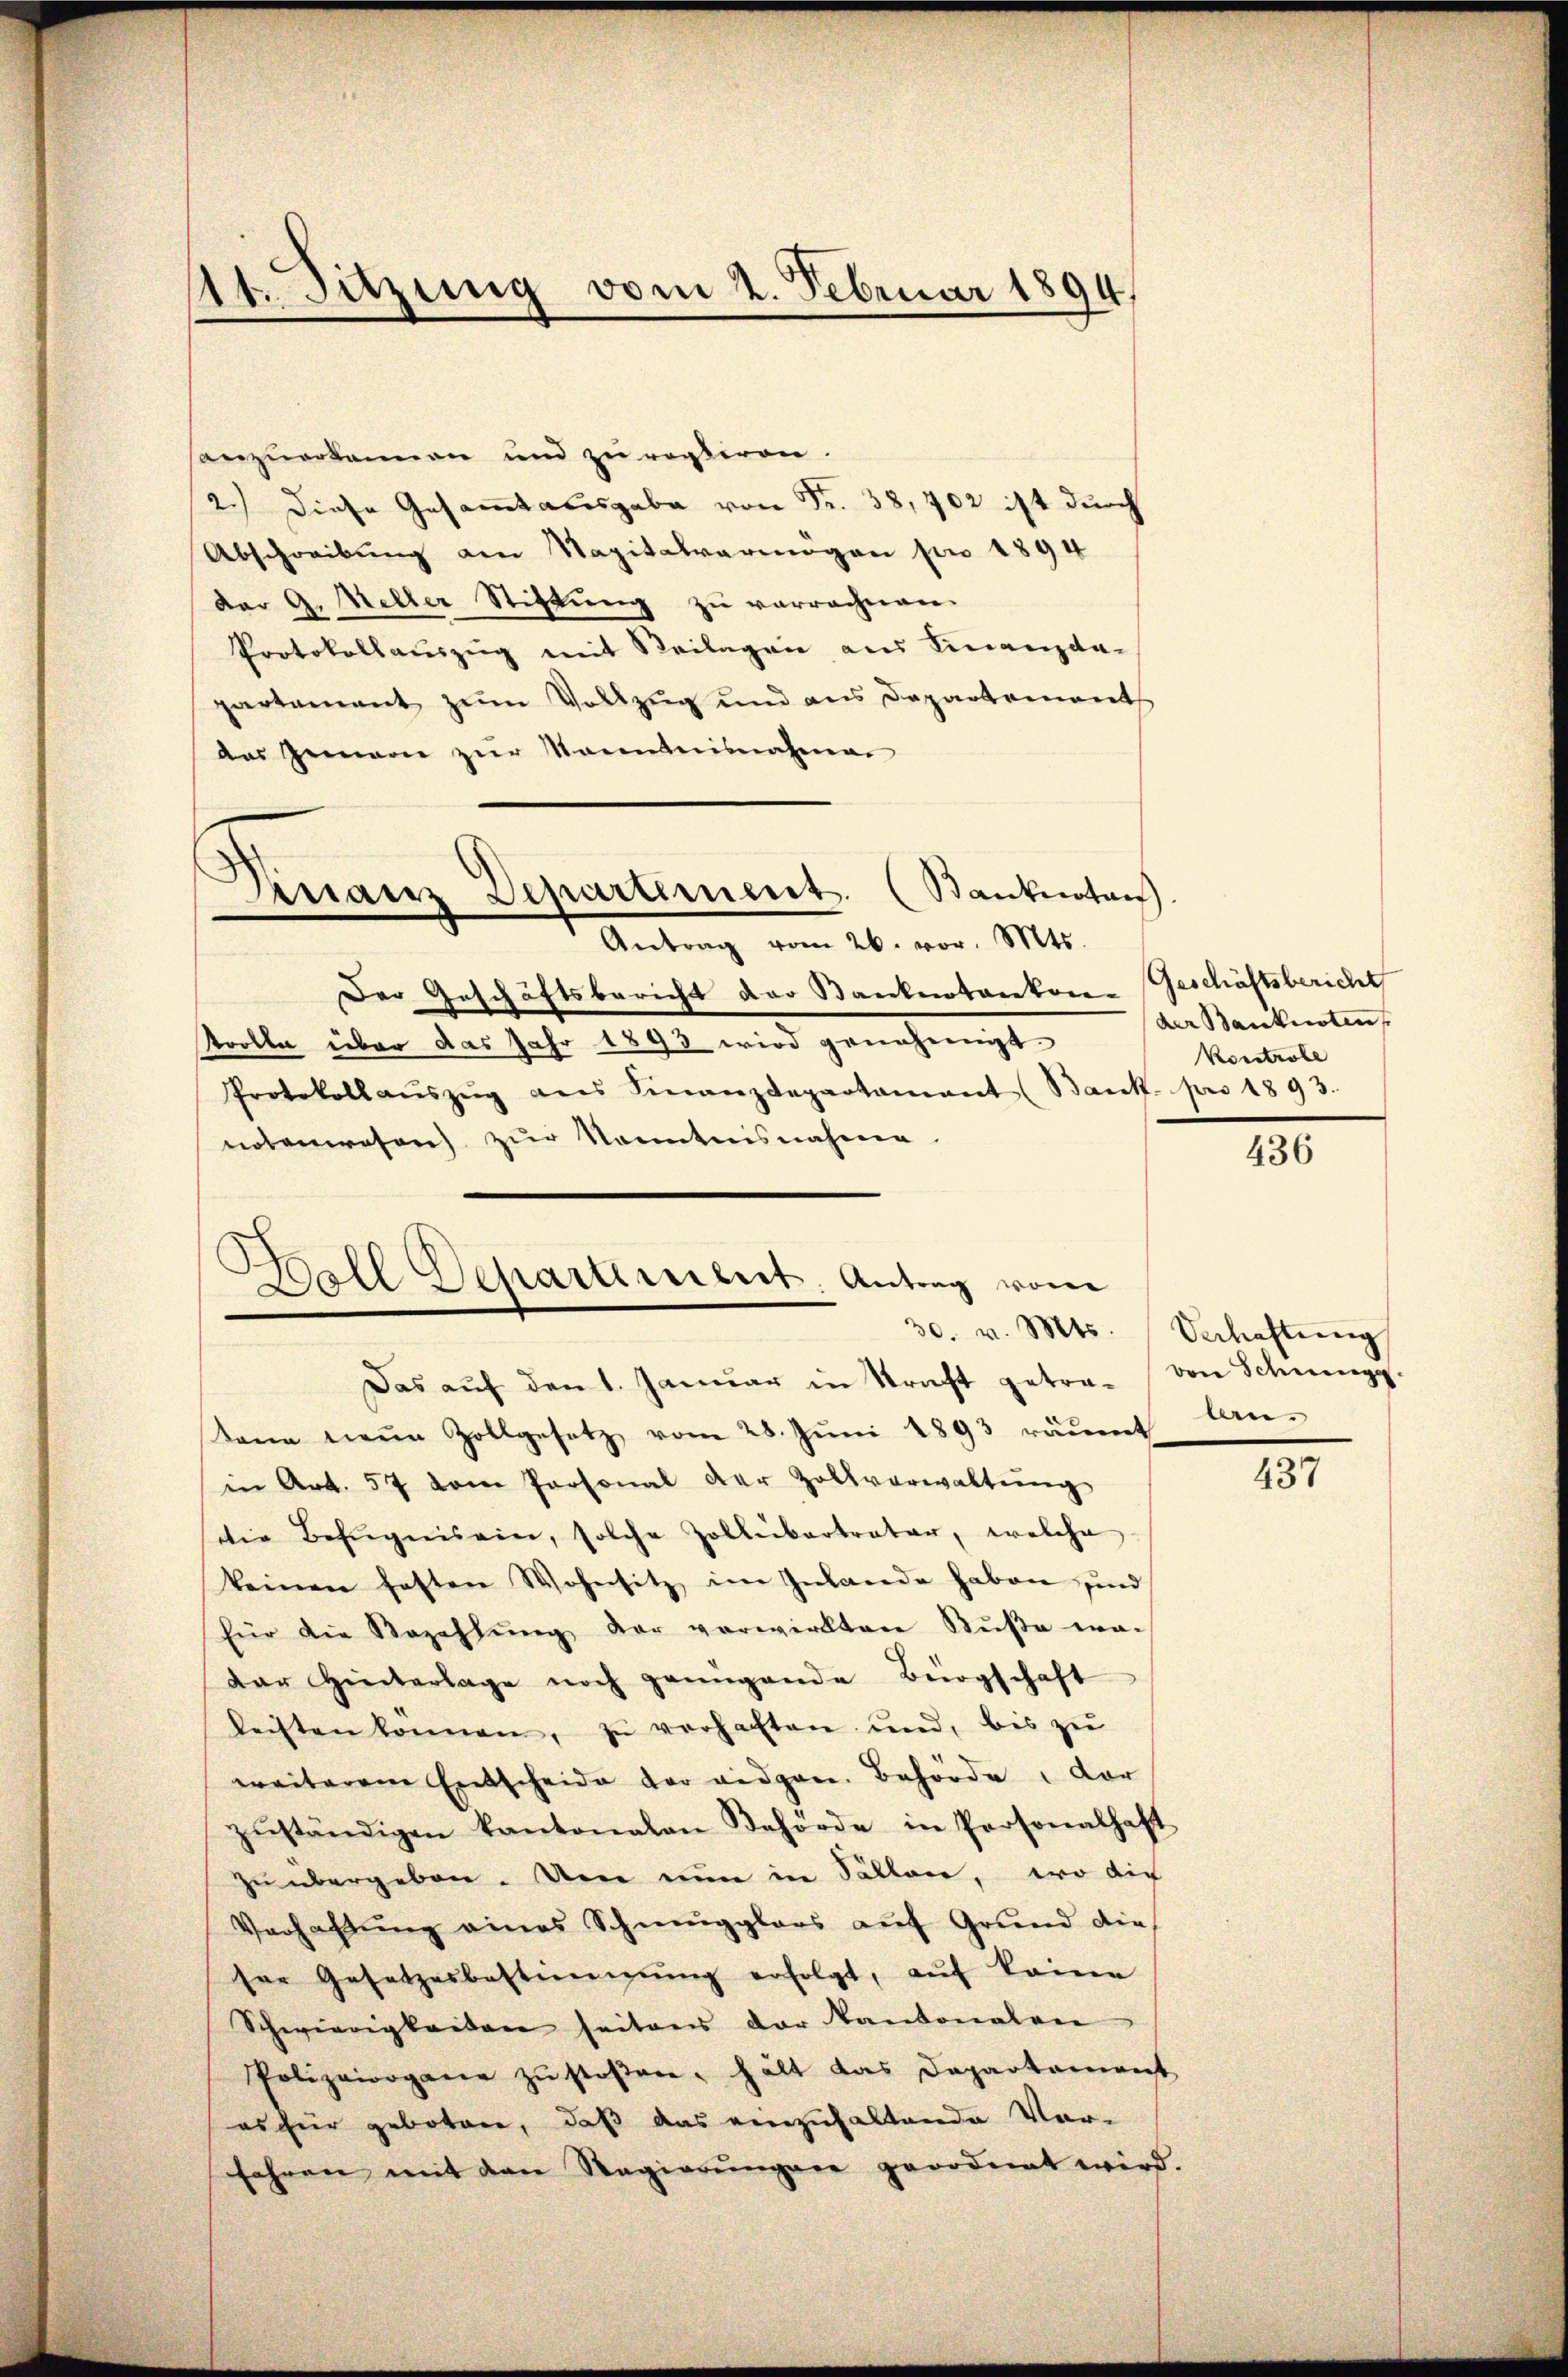
1t. Sitzung vom 2. Februar 1894.
"

sanzuerkannen und zu restiren.
2.) Diese Gesamtausgabe von Fr. 38, 702 ist durch
Abschreibung am Napitalvermögen pro 1894
dar G. Meller Stiftŭng zŭ verrechnen.
Protokollauszug mit Beilagen aus Finanzda-
partement zum Vollzug und aus Departement
das Gemein zur Manntnisnahmen
Finanz Departement. (Sanknoten
Antrag vom 26. vor. Mts.
Der Geschäftsbericht der Stankentarekon-Geschäftsbericht
Strolle über das Jahr 1893 wird genehmigt.
Protokoll aŭszŭg ans Finanzdepartamant (Bank. pro 1893.
notenwesen zur Kenntnisnahme.
Ball Departement. Antrag vom

30. v. Mts. Schaftung
Das aŭf den 1. Januar in Kraft getra- von Schnengg

Kann neue Zollgesetz vom 28. Jŭni 1893 räumt lan-
in Art. 57 dem Personal der Zollverwaltŭng
die Befugnis ein, solche Zollibertrator, welche
keinen festen Wohnsitz im Inlande haben und
für die Bezahlŭng der verwirkten Bŭβe wa-
Dar Hinterlage noch genügende Bürgschaft
leisten können, zu verhaften und, bis zu
weiterem Entscheide vor eidgen. Behörde, dar
zŭständigen kantonalen Behörde in Personalhaft
zu übergeben. Um nun in Sollen, wo die
Verhaltung eines Schmugglers auf Grund die
ser Gesetzesbestimmung erfolgt, aŭf keine
Schwierigkeiten seitens der Kantonalen
Polizeiorgane zŭ stoßen, hält das Departement
es für geboten, daß das einzuhaltende Ver-
fahren mit den Regierŭngen geordnet wird.

der Banknoten
Konstrobe

436

437